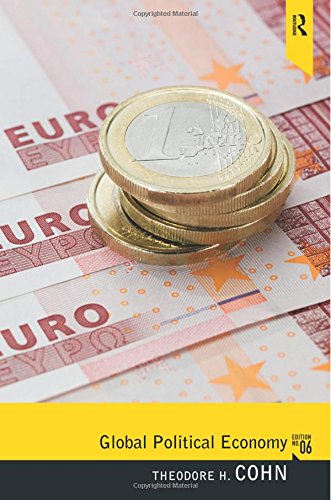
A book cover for Global Political Economy; Theodore Cohn; Business & Money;